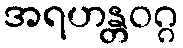
အရဟန္တဝဂ္ဂ